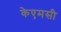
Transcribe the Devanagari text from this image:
केएमसी